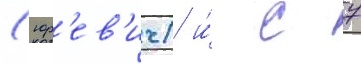
(юр'ев'ич) и́ с 7